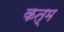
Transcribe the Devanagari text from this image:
कत्म